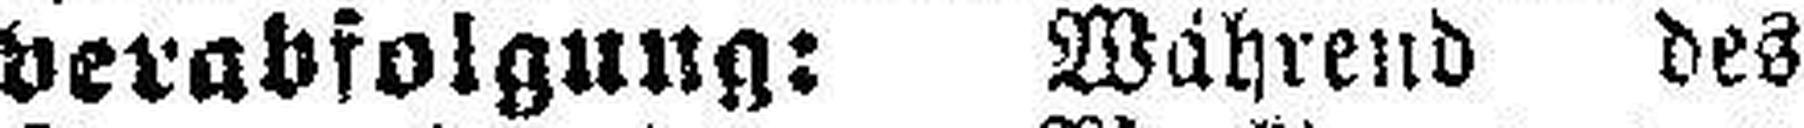
verabfolgung: Während des